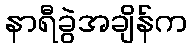
နာရီခွဲအချိန်က